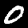
Label: 0